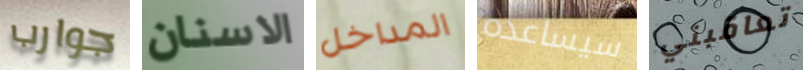
جوارب الاسنان المداخل سيساعده تعاقبني